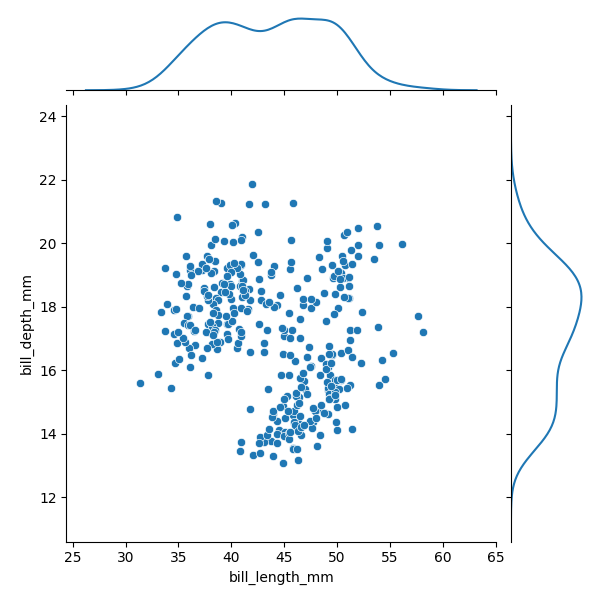
python, seaborn, JointGrid, scatterplot, kdeplot